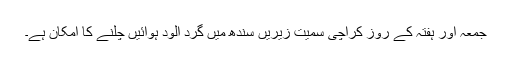
جمعہ اور ہفتہ کے روز کراچی سمیت زیریں سندھ میں گرد آلود ہوائیں چلنے کا امکان ہے۔